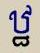
ឋ្ឋ